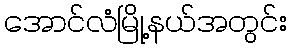
အောင်လံမြို့နယ်အတွင်း